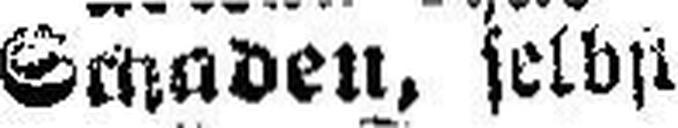
Schaden, selbst